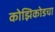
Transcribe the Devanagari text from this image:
कोझिकोडचा